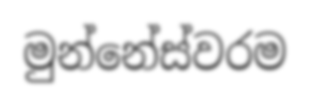
මුන්නේස්වරම